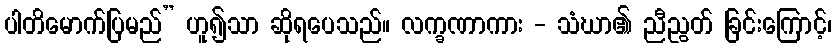
ပါတိမောက်ပြမည်” ဟူ၍သာ ဆိုရပေသည်။ လက္ခဏာကား - သံဃာ၏ ညီညွတ် ခြင်းကြောင့်၊